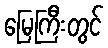
မြေကြီးတွင်